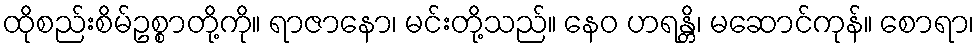
ထိုစည်းစိမ်ဥစ္စာတို့ကို။ ရာဇာနော၊ မင်းတို့သည်။ နေဝ ဟရန္တိ၊ မဆောင်ကုန်။ စောရာ၊